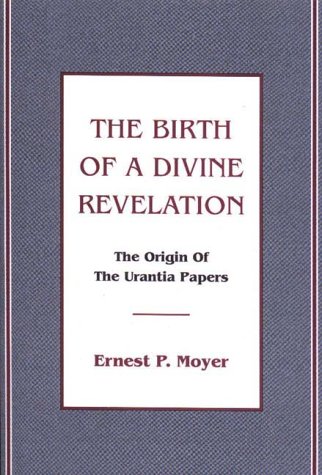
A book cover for The Birth of a Divine Revelation : The Origin of the Urantia Papers; Ernest P. Moyer; Religion & Spirituality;